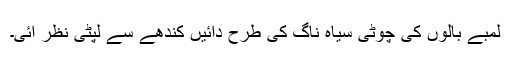
لمبے بالوں کی چوٹی سیاہ ناگ کی طرح دائیں کندھے سے لپٹی نظر آئی۔